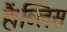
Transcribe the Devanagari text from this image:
हैं।ब्लिस